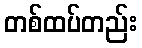
တစ်ထပ်တည်း